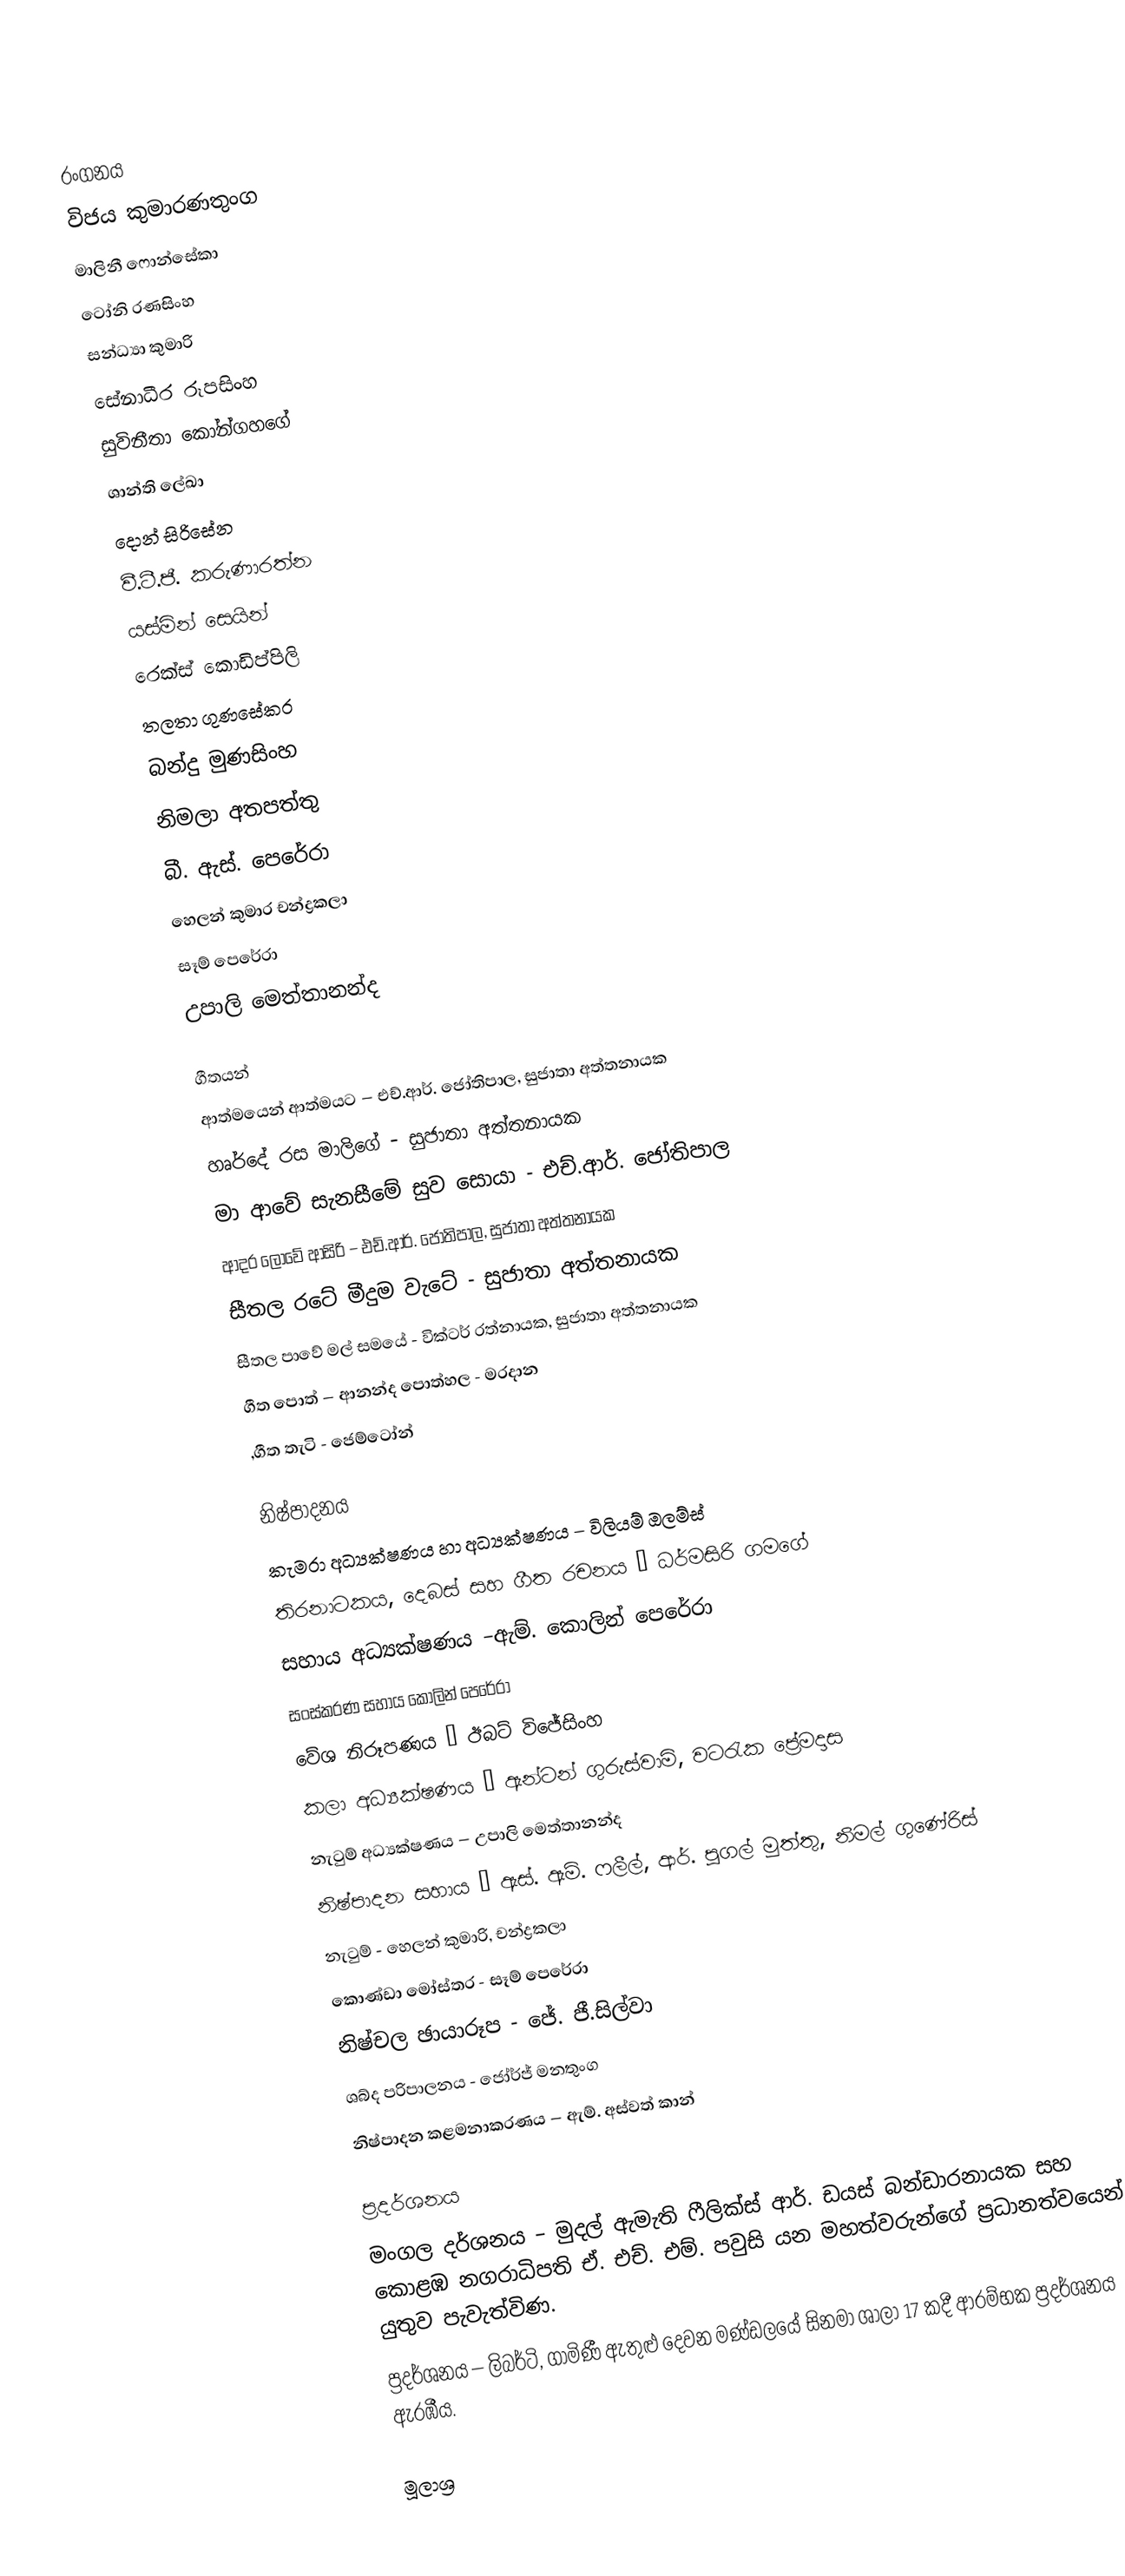

රංගනය
විජය කුමාරණතුංග
මාලිනී ෆොන්සේකා
ටෝනි රණසිංහ
සන්ධ්‍යා කුමාරි
සේනාධීර රූපසිංහ
සුවිනීතා කෝන්ගහගේ
ශාන්ති ලේඛා
දොන් සිරිසේන
වී.ටී.ජී. කරුණාරත්න
යස්මින් සෙයින්
රෙක්ස් කොඩිප්පිලි
තලතා ගුණසේකර
බන්දු මුණසිංහ
නිමලා අතපත්තු
බී. ඇස්. පෙරේරා
හෙලන් කුමාර චන්ද්‍රකලා
සෑම් පෙරේරා
උපාලි මෙත්තානන්ද

ගීතයන්
ආත්මයෙන් ආත්මයට – එච්.ආර්. ජෝතිපාල, සුජාතා අත්තනායක
හෘර්දේ රස මාලිගේ - සුජාතා අත්තනායක
මා ආවේ සැනසීමේ සුව සොයා - එච්.ආර්. ජෝතිපාල
ආදර ලොවේ ආසිරි – එච්.ආර්. ජෝතිපාල, සුජාතා අත්තනායක
සීතල රටේ මීදුම වැටේ - සුජාතා අත්තනායක
සීතල පාවේ මල් සමයේ - වික්ටර් රත්නායක, සුජාතා අත්තනායක
ගීත පොත් – ආනන්ද පොත්හල - මරදාන
,ගීත තැටි - ජෙම්ටෝන්

නිෂ්පාදනය
කැමරා අධ්‍යක්ෂණය හා අධ්‍යක්ෂණය – විලියම් ඔලම්ස්
තිරනාටකය, දෙබස් සහ ගීත රචනය – ධර්මසිරි ගමගේ
සහාය අධ්‍යක්ෂණය –ඇම්. කොලින් පෙරේරා
සංස්කරණ සහාය කොලින් පෙරේරා
වේශ නිරූපණය – ඊබට් විජේසිංහ
කලා අධ්‍යක්ෂණය – ඇන්ටන් ගුරුස්වාමි, වටරැක ප්‍රේමදාස
නැටුම් අධ්‍යක්ෂණය – උපාලි මෙත්තානන්ද
නිෂ්පාදන සහාය – ඇස්. ඇම්. ෆලීල්, ආර්. පූගල් මුත්තු, නිමල් ගුණේරිස්
නැටුම් - හෙලන් කුමාරි, චන්ද්‍රකලා
කොණ්ඩා මෝස්තර - සෑම් පෙරේරා
නිෂ්චල ඡායාරූප - ජේ. ජී.සිල්වා
ශබ්ද පරිපාලනය - ජෝර්ජ් මනතුංග
නිෂ්පාදන කළමනාකරණය – ඇම්. අස්වත් කාන්

ප්‍රදර්ශනය
මංගල දර්ශනය – මුදල් ඇමැති ෆීලික්ස් ආර්. ඩයස් බන්ඩාරනායක සහ කොළඹ නගරාධිපති ඒ. එච්. එම්. පවුසි යන මහත්වරුන්ගේ ප්‍රධානත්වයෙන් යුතුව පැවැත්විණ.
ප්‍රදර්ශනය – ලිබර්ටි, ගාමිණී ඇතුළු දෙවන මණ්ඩලයේ සිනමා ශාලා 17 කදී ආරම්භක ප්‍රදර්ශනය ඇරඹීය.

මූලාශ්‍ර